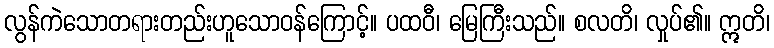
လွန်ကဲသောတရားတည်းဟူသောဝန်ကြောင့်။ ပထဝီ၊ မြေကြီးသည်။ စလတိ၊ လှုပ်၏။ ဣတိ၊